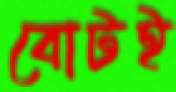
বোটই